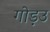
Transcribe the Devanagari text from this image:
गोड़उ